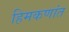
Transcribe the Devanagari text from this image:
हिमकणांत